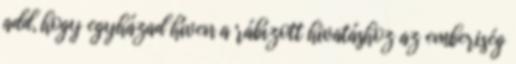
add, hogy egyházad híven a rábízott hivatáshoz az emberiség